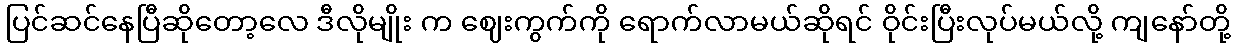
ပြင်ဆင်နေပြီဆိုတော့လေ ဒီလိုမျိုး က ဈေးကွက်ကို ရောက်လာမယ်ဆိုရင် ဝိုင်းပြီးလုပ်မယ်လို့ ကျနော်တို့